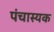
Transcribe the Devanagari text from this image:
पंचास्यक